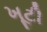
ખૂટી